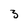
Character: 3